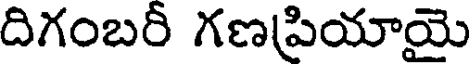
దిగంబరీ గణపియాయై